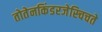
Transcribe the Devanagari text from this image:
तोतेनकिंडरजेस्चिचते